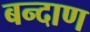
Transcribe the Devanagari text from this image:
बन्दाण